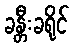
ခန္တီးခရိုင်